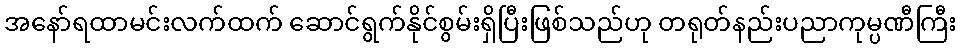
အနော်ရထာမင်းလက်ထက် ဆောင်ရွက်နိုင်စွမ်းရှိပြီးဖြစ်သည်ဟု တရုတ်နည်းပညာကုမ္ပဏီကြီး